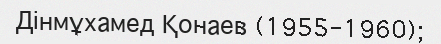
Дінмұхамед Қонаев (1955-1960);